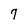
Character: 7